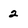
Character: 2